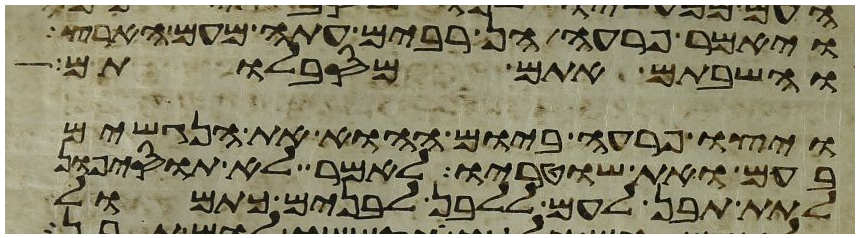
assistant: ויאמר פרעה הן רבים עתה מעם הארץ
והשבתם אתם מסבלותם
ויצו פרעה ביום ההוא את הנגשים
בעם ואת שוטריו לאמר לא תוסיפון
לתת תבן לעם ללבן לבנים כתמול